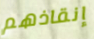
إنقاذهم